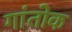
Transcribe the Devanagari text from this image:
गांतोक